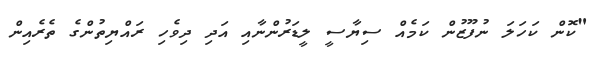
"ކޮން ކަހަލަ ނުފޫޒުން ކަމެއް ސިޔާސީ ލީޑަރުންނާއި އަދި ދިވެހި ރައްޔިތުންގެ ތެރެއިން